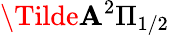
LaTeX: \Tilde{\mathbf{A}}^{2}\Pi_{1/2}